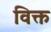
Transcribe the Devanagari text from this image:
विक्त